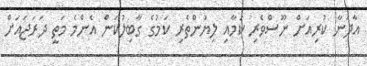
އާދަނާ ކުރިއަށް ނޫސްވެރި ކަމާއި ލިޔުންތެރި ކަމުގެ ގާބިލުކަން އެންމެ މަތީ ދަރަޖައަށް